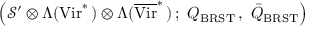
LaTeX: \left( { \mathcal S } ^ { \prime } \otimes \Lambda ( \mathrm { V i r } ^ { * } \, ) \otimes \Lambda ( \overline { { \mathrm { V i r } } } ^ { * } \, ) \, ; \ Q _ { \mathrm { B R S T } } \, , \ \bar { Q } _ { \mathrm { B R S T } } \right)